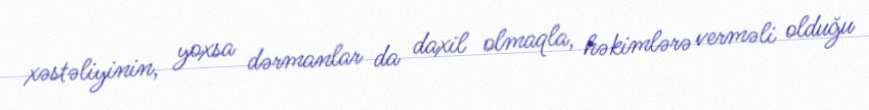
xəstəliyinin, yoxsa dərmanlar da daxil olmaqla, həkimlərə verməli olduğu